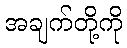
အချက်တို့ကို